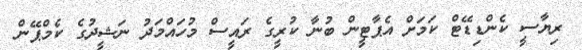
ރިޔާސީ ކެންޑިޑޭޓް ކަމަށް އެޕާޓީން ބުނާ ކުރީގެ ރައީސް މުހައްމަދު ނަޝީދުގެ ކެމްޕޭން